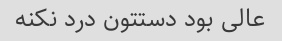
عالی بود دستتون درد نکنه